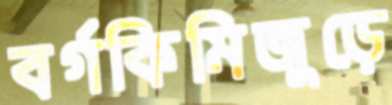
বর্গকিমিজুড়ে